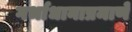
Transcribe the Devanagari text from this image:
गर्भाधानाप्रमाणे